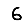
Digit: 6